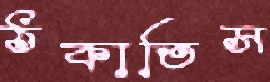
ঠকাতিস